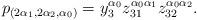
LaTeX: \begin{align*} p_{(2 \alpha_1, 2 \alpha_2, \alpha_0)} = y_3^{\alpha_0}z_{31}^{\alpha_0 \alpha_1} z_{32}^{\alpha_0 \alpha_2}.\end{align*}